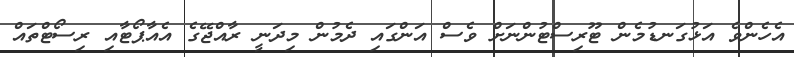
އެހެންވެ އަޅުގަނޑުމެން ޓޫރިސްޓުންނަށް ވެސް އަންގައި ދެމުން މިދަނީ ރާއްޖޭގެ އެއާޕޯޓާއި ރިސޯޓްތައް